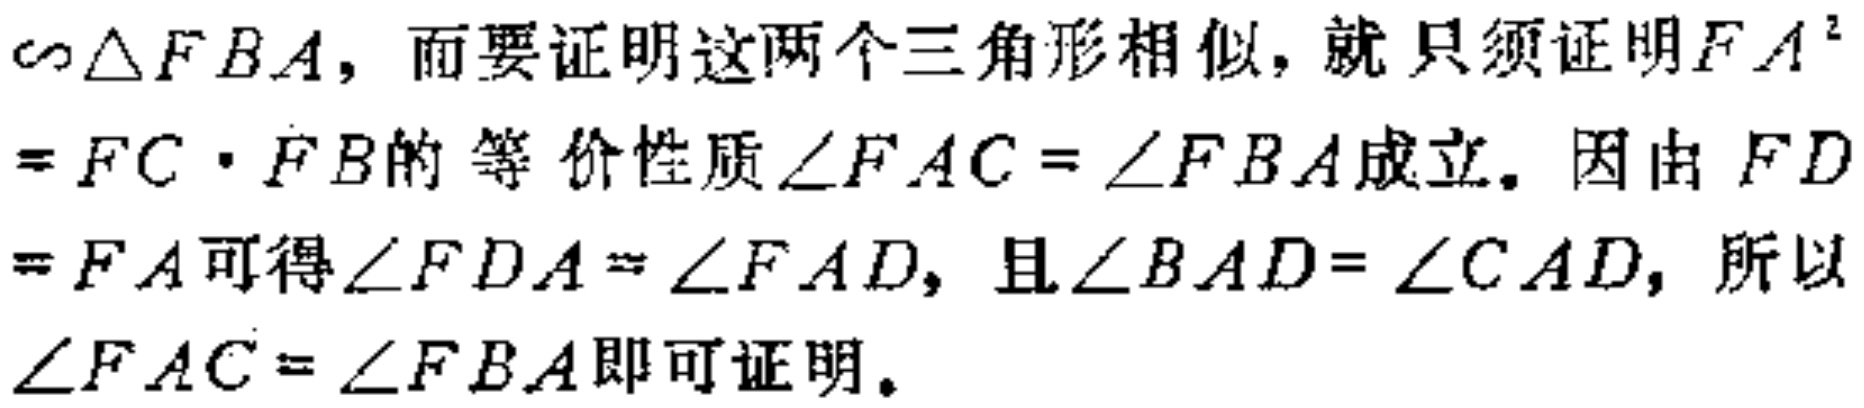
$\backsim \triangle FBA$，而要证明这两个三角形相似，就只须证明$FA^{2}$
$ = FC\cdot FB$的等价性质$\angle FAC = \angle FBA$成立。因由$FD$
$ = FA$可得$\angle FDA=\angle FAD$，且$\angle BAD = \angle CAD$，所以
$\angle FAC=\angle FBA$即可证明。